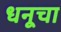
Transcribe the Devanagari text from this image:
धनूचा